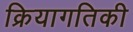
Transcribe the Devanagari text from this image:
क्रियागतिकी